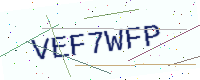
Text: VEF7WFP